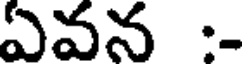
ఏవన :-